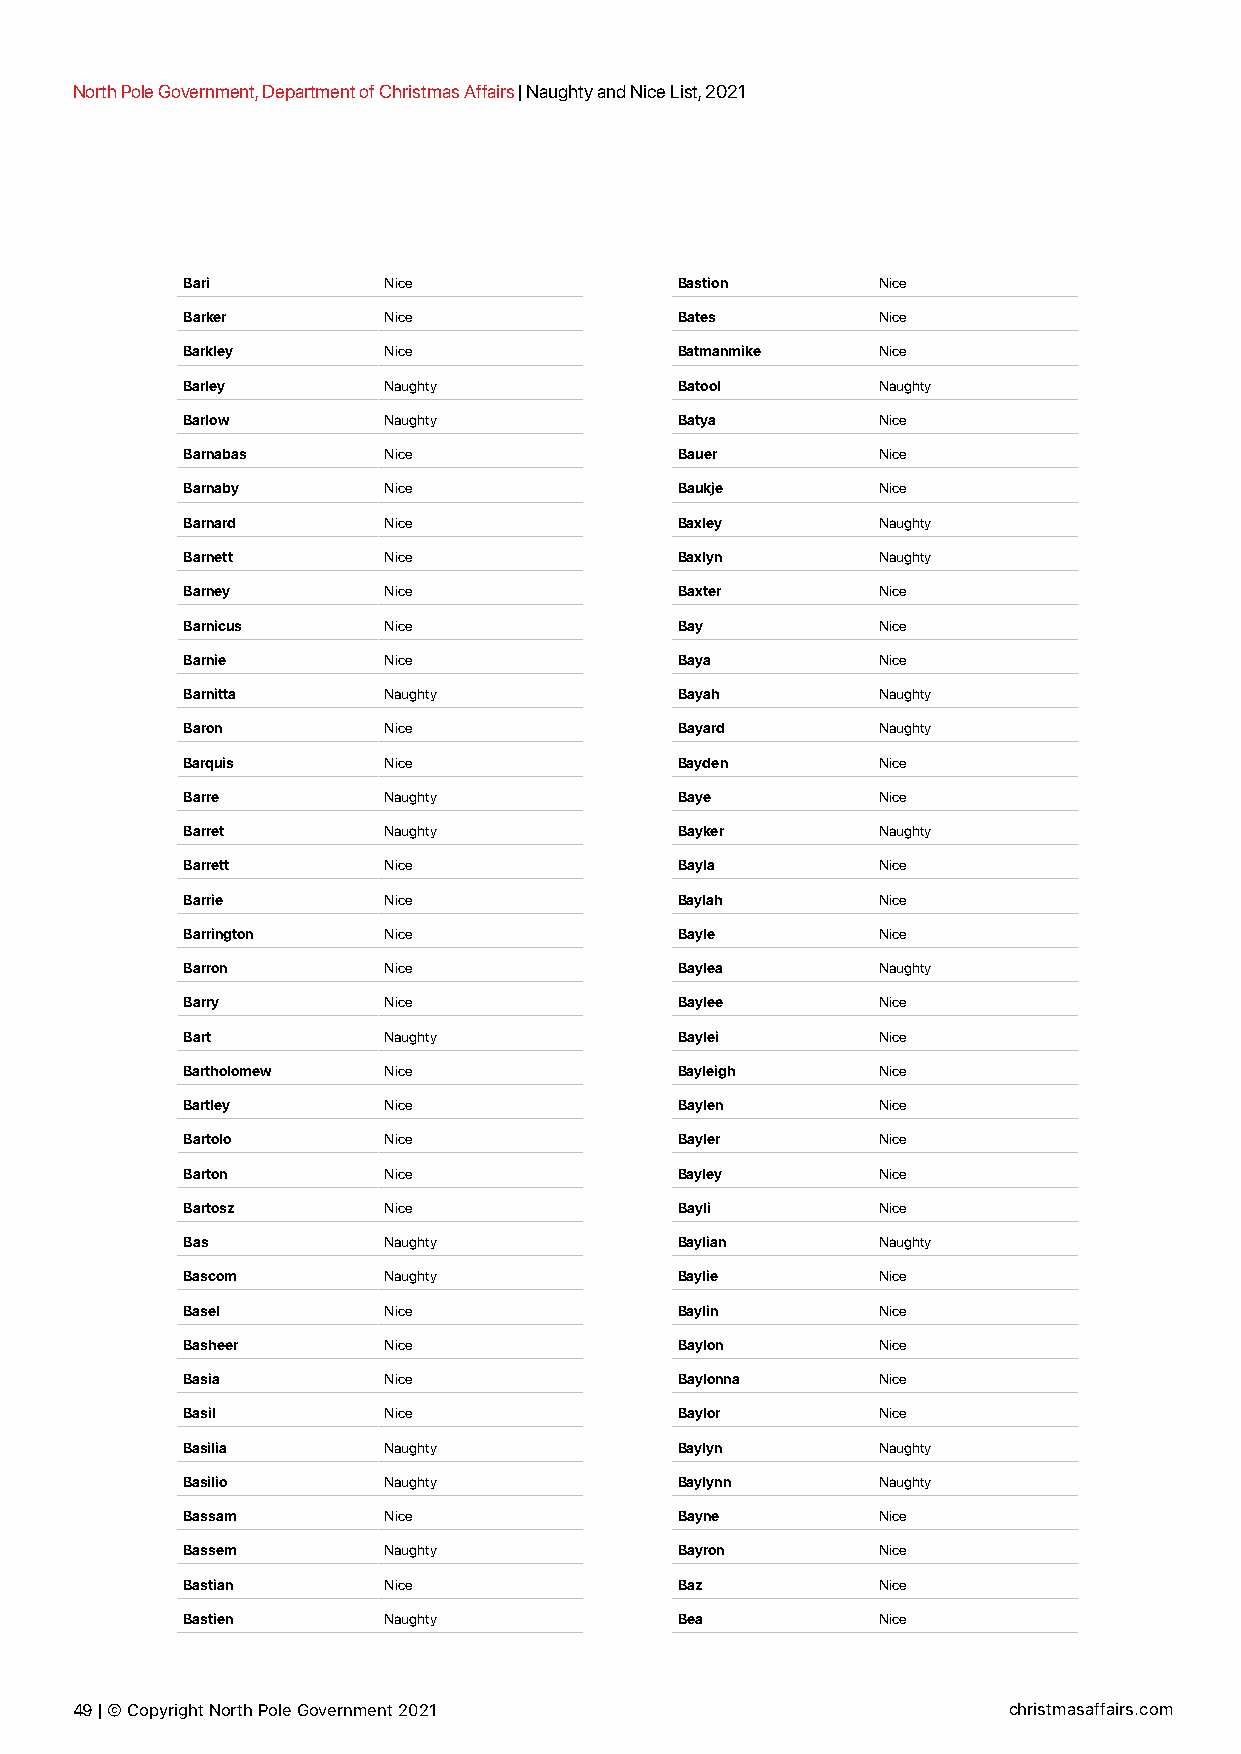
North Pole Government, Department of Christmas Affairs | Naughty and Nice List, 2021
 Bari         Nice                Bastion      Nice
 Barker       Nice                Bates        Nice
 Barkley      Nice                Batmanmike   Nice
 Barley       Naughty             Batool       Naughty
 Barlow       Naughty             Batya        Nice
 Barnabas     Nice                Bauer        Nice
 Barnaby      Nice                Baukje       Nice
 Barnard      Nice                Baxley       Naughty
 Barnett      Nice                Baxlyn       Naughty
 Barney       Nice                Baxter       Nice
 Barnicus     Nice                Bay          Nice
 Barnie       Nice                Baya         Nice
 Barnitta     Naughty             Bayah        Naughty
 Baron        Nice                Bayard       Naughty
 Barquis      Nice                Bayden       Nice
 Barre        Naughty             Baye         Nice
 Barret       Naughty             Bayker       Naughty
 Barrett      Nice                Bayla        Nice
 Barrie       Nice                Baylah       Nice
 Barrington   Nice                Bayle        Nice
 Barron       Nice                Baylea       Naughty
 Barry        Nice                Baylee       Nice
 Bart         Naughty             Baylei       Nice
 Bartholomew  Nice                Bayleigh     Nice
 Bartley      Nice                Baylen       Nice
 Bartolo      Nice                Bayler       Nice
 Barton       Nice                Bayley       Nice
 Bartosz      Nice                Bayli        Nice
 Bas          Naughty             Baylian      Naughty
 Bascom       Naughty             Baylie       Nice
 Basel        Nice                Baylin       Nice
 Basheer      Nice                Baylon       Nice
 Basia        Nice                Baylonna     Nice
 Basil        Nice                Baylor       Nice
 Basilia      Naughty             Baylyn       Naughty
 Basilio      Naughty             Baylynn      Naughty
 Bassam       Nice                Bayne        Nice
 Bassem       Naughty             Bayron       Nice
 Bastian      Nice                Baz          Nice
 Bastien      Naughty             Bea          Nice
 49 | © Copyright North Pole Government 2021                   christmasaffairs.com